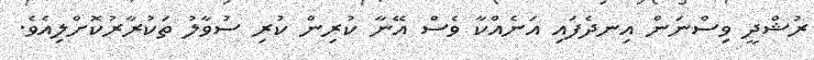
ރުޝްދީ ވިސްނަން އިނދެފައި އަނެއްކާ ވެސް އޭނާ ކުރިން ކުރި ސުވާލު ތަކުރާރުކޮށްލިއެވެ.